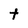
Character: t